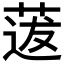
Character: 𦳺